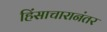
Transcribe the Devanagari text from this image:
हिंसाचारानंतर